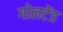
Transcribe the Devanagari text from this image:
गोलटेंड